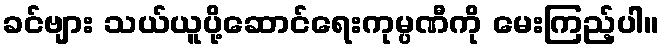
ခင်ဗျား သယ်ယူပို့ဆောင်ရေးကုမ္ပဏီကို မေးကြည့်ပါ။